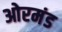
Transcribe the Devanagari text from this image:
ओरमंड